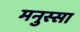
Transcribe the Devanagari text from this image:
मनुस्सा